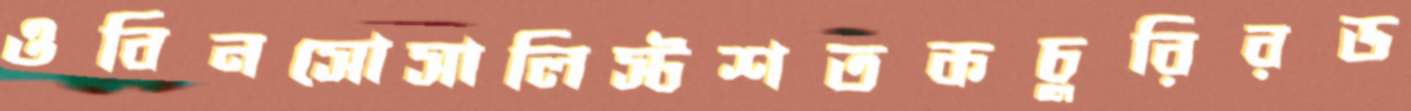
ওবিনসোসালিস্টশতকচুরিরড